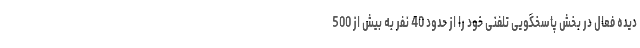
دیده فعال در بخش پاسخگویی تلفنی خود را از حدود 40 نفر به بیش از 500